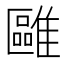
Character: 𩀫